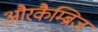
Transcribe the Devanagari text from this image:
औरकैम्ब्रिज